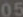
05